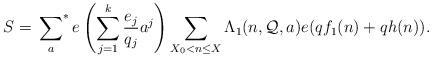
LaTeX: \begin{align*} S = \sideset{}{^*}\sum_a e \left( \sum_{j=1}^k \frac{ e_ j}{ q _ j} a^j \right) \sum_{X_0 <n \leq X} \Lambda_1(n,\mathcal{Q},a) e(qf_1(n)+ qh(n)).\end{align*}